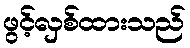
ဖွင့်လှစ်ထားသည်